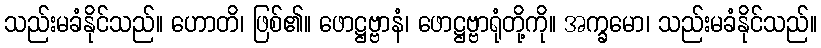
သည်းမခံနိုင်သည်။ ဟောတိ၊ ဖြစ်၏။ ဖောဋ္ဌဗ္ဗာနံ၊ ဖောဋ္ဌဗ္ဗာရုံတို့ကို။ အက္ခမော၊ သည်းမခံနိုင်သည်။